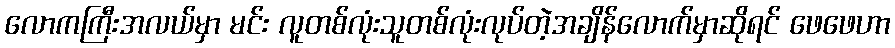
လောကကြီးအလယ်မှာ မင်း လူတစ်လုံးသူတစ်လုံးလုပ်တဲ့အချိန်လောက်မှာဆိုရင် ဖေဖေဟာ